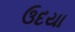
ઉદયા